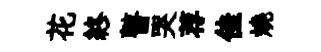
花終瞽哭荐佳燒